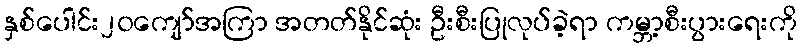
နှစ်ပေါင်း၂၀ကျော်အကြာ အတတ်နိုင်ဆုံး ဦးစီးပြုလုပ်ခဲ့ရာ ကမ္ဘာ့စီးပွားရေးကို